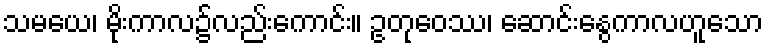
သမယေ၊ မိုးကာလ၌လည်းကောင်း။ ဥတုဝေဿ၊ ဆောင်းနွေကာလဟူသော